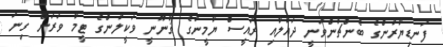
ފަނޑިޔާރުންގެ ބެންޗުންވަނީ ދައުލާއި ރައީސް ޔާމީނުގެ ޤާނޫނީ ވަކީލުންގެ ޓީމާ ވަރަށް ގިނަ